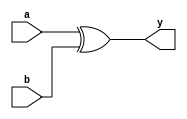
module xor2(a, b, y);
    
    input a, b;
    output y;
    assign y = a ^ b;

endmodule